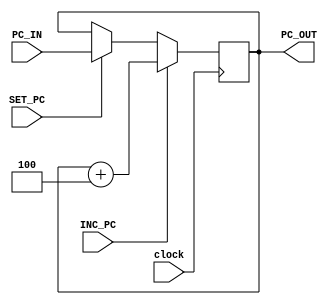
`timescale 1ns / 1ps
//////////////////////////////////////////////////////////////////////////////////
// Company: IEEE-NITK
// 
// Design Name: 
// Module Name: Program_Counter
// Project Name: 
// Target Devices: 
// Tool Versions: 
// Description: 
// 
// Dependencies: 
// 
// Revision:
// Revision 0.01 - File Created
// Additional Comments:
// 
//////////////////////////////////////////////////////////////////////////////////


module Program_Counter(
    input SET_PC,
    input [7:0] PC_IN,
    input clock,
    input INC_PC,
    output reg [7:0] PC_OUT
    );
    always @(posedge clock)begin
    if(SET_PC) PC_OUT <= PC_IN;
    if(INC_PC)  PC_OUT <= PC_OUT+4; 
    end
endmodule